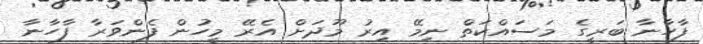
ފާހާނާ ބަރީގެ މަސައްކަތް ނިމޭ އިރު މޫދަށް އެރޭ މީހުން ފެންވަރާ ފާހާނާ